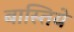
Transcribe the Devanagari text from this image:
बास्तिये